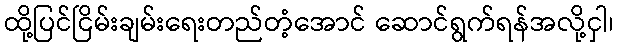
ထို့ပြင်ငြိမ်းချမ်းရေးတည်တံ့အောင် ဆောင်ရွက်ရန်အလို့ငှါ၊